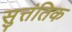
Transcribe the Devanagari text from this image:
सुत्तंतिक